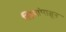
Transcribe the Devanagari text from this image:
स्त्रियांपासून